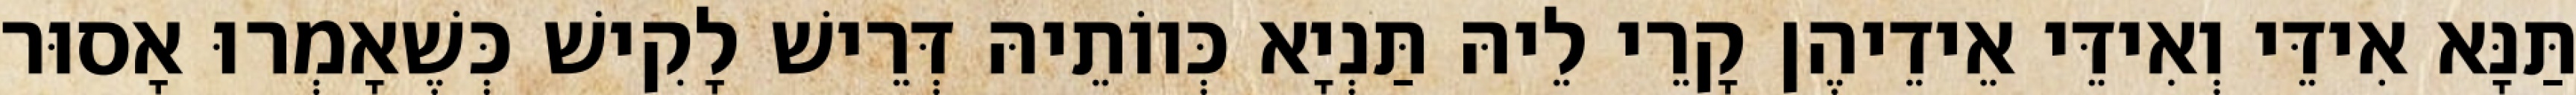
תַּנָּא אִידֵּי וְאִידֵּי אֵידֵיהֶן קָרֵי לֵיהּ תַּנְיָא כְּווֹתֵיהּ דְּרֵישׁ לָקִישׁ כְּשֶׁאָמְרוּ אָסוּר